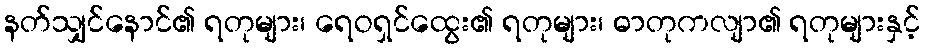
နတ်သျှင်နောင်၏ ရတုများ၊ ရေဝရှင်ထွေး၏ ရတုများ၊ ဓာတုကလျာ၏ ရတုများနှင့်